Madras plague regulations in force outside the Presidency town - Volume 6
Disease focus: Plague
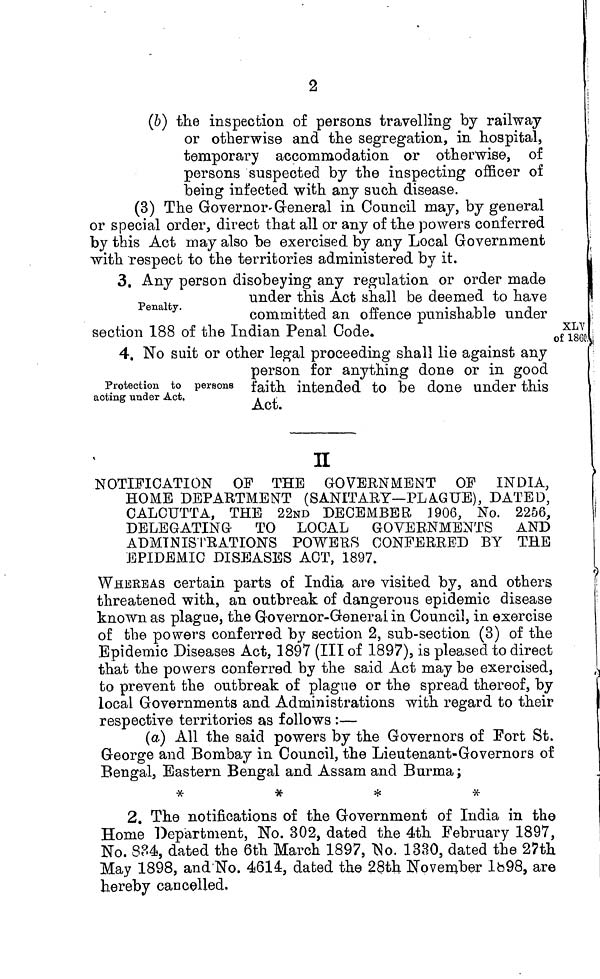
2
(b) the inspection of persons travelling by railway
or otherwise and the segregation, in hospital,
temporary accommodation or otherwise, of
persons suspected by the inspecting officer of
being infected with any such disease.
(3) The Governor General in Council may, by general
or special order, direct that all or any of the powers conferred
by this Act may also be exercised by any Local Government
with respect to the territories administered by it.
Penalty.
3. Any person disobeying any regulation or order made
under this Act shall be deemed to have
committed an offence punishable under
section 188 of the Indian Penal Code.
Protection to persons
acting under Act.
4. No suit or other legal proceeding shall lie against any
person for anything done or in good
faith intended to be done under this
Act.
II
NOTIFICATION OF THE GOVERNMENT OF INDIA,
HOME DEPARTMENT (SANITARY—PLAGUE), DATED,
CALCUTTA, THE 22ND DECEMBER 1906, No. 2256,
DELEGATING
TO LOCAL GOVERNMENTS AND
ADMINISTRATIONS POWERS CONFERRED BY THE
EPIDEMIC DISEASES ACT, 1897.
WHEREAS certain parts of India are visited by, and others
threatened with, an outbreak of dangerous epidemic disease
known as plague, the Governor-General in Council, in exercise
of the powers conferred by section 2, sub-section (3) of the
Epidemic Diseases Act, 1897 (III of 1897), is pleased to direct
that the powers conferred by the said Act may be exercised,
to prevent the outbreak of plague or the spread thereof, by
local Governments and Administrations with regard to their
respective territories as follows :—
(a) All the said powers by the Governors of Fort St.
George and Bombay in Council, the Lieutenant-Governors of
Bengal, Eastern Bengal and Assam and Burma ;
*
*
*
*
2. The notifications of the Government of India in the
Home Department, No. 302, dated the 4th February 1897,
No. 834, dated the 6th March 1897, No. 1330, dated the 27th
May 1898, and No. 4614, dated the 28th November 1898, are
hereby cancelled.